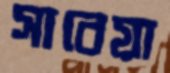
সাবেয়া